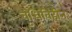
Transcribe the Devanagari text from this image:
वृधिविहीन